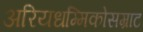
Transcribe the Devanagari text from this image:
अरियधम्मिकोसम्राट